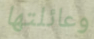
وعائلتها